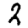
Digit: 2